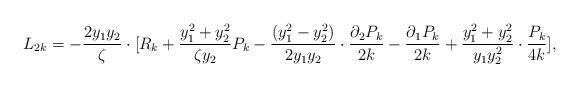
LaTeX: \begin{align*}L_{2k}=-\frac{2y_{1}y_{2}}{\zeta} \cdot[R_{k} +\frac{y_{1}^{2}+y_{2}^{2}}{\zeta y_{2}}P_{k}-\frac{(y_{1}^{2}-y_{2}^{2})}{2y_{1}y_{2}}\cdot \frac{\partial_{2} P_{k}}{2k}-\frac{\partial_{1} P_{k}}{2k}+\frac{y_{1}^{2}+y_{2}^{2}}{y_{1}y_{2}^{2}}\cdot\frac{P_{k}}{4k}] ,\end{align*}